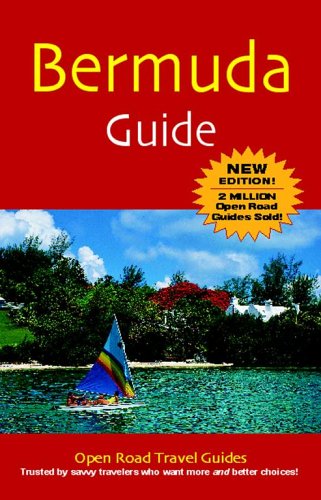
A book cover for Bermuda Guide, 5th Edition (Open Road's Best of Bernuda); Ron Charles; Travel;